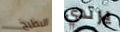
البطيخ يرتدي